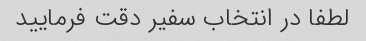
لطفا در انتخاب سفیر دقت فرمایید